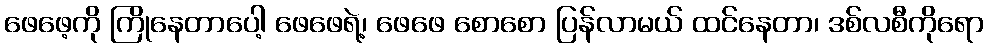
ဖေဖေ့ကို ကြိုနေတာပေါ့ ဖေဖေရဲ့၊ ဖေဖေ စောစော ပြန်လာမယ် ထင်နေတာ၊ ဒစ်လစီကိုရော